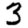
Digit: 3